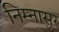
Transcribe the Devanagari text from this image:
निम्नासुर